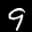
Label: 9